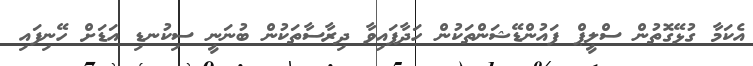
އެކަމާ ގުޅޭގޮތުން ސްލީޕް ފައުންޑޭޝަންތަކުން ހަދާފައިވާ ދިރާސާތަކުން ބުނަނީ ސިކުނޑި އަޑަށް ހޭނިފައި